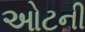
ઓટની